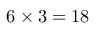
6 \times 3 = 1 8